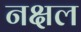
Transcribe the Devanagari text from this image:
नक्षल